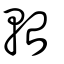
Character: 軩